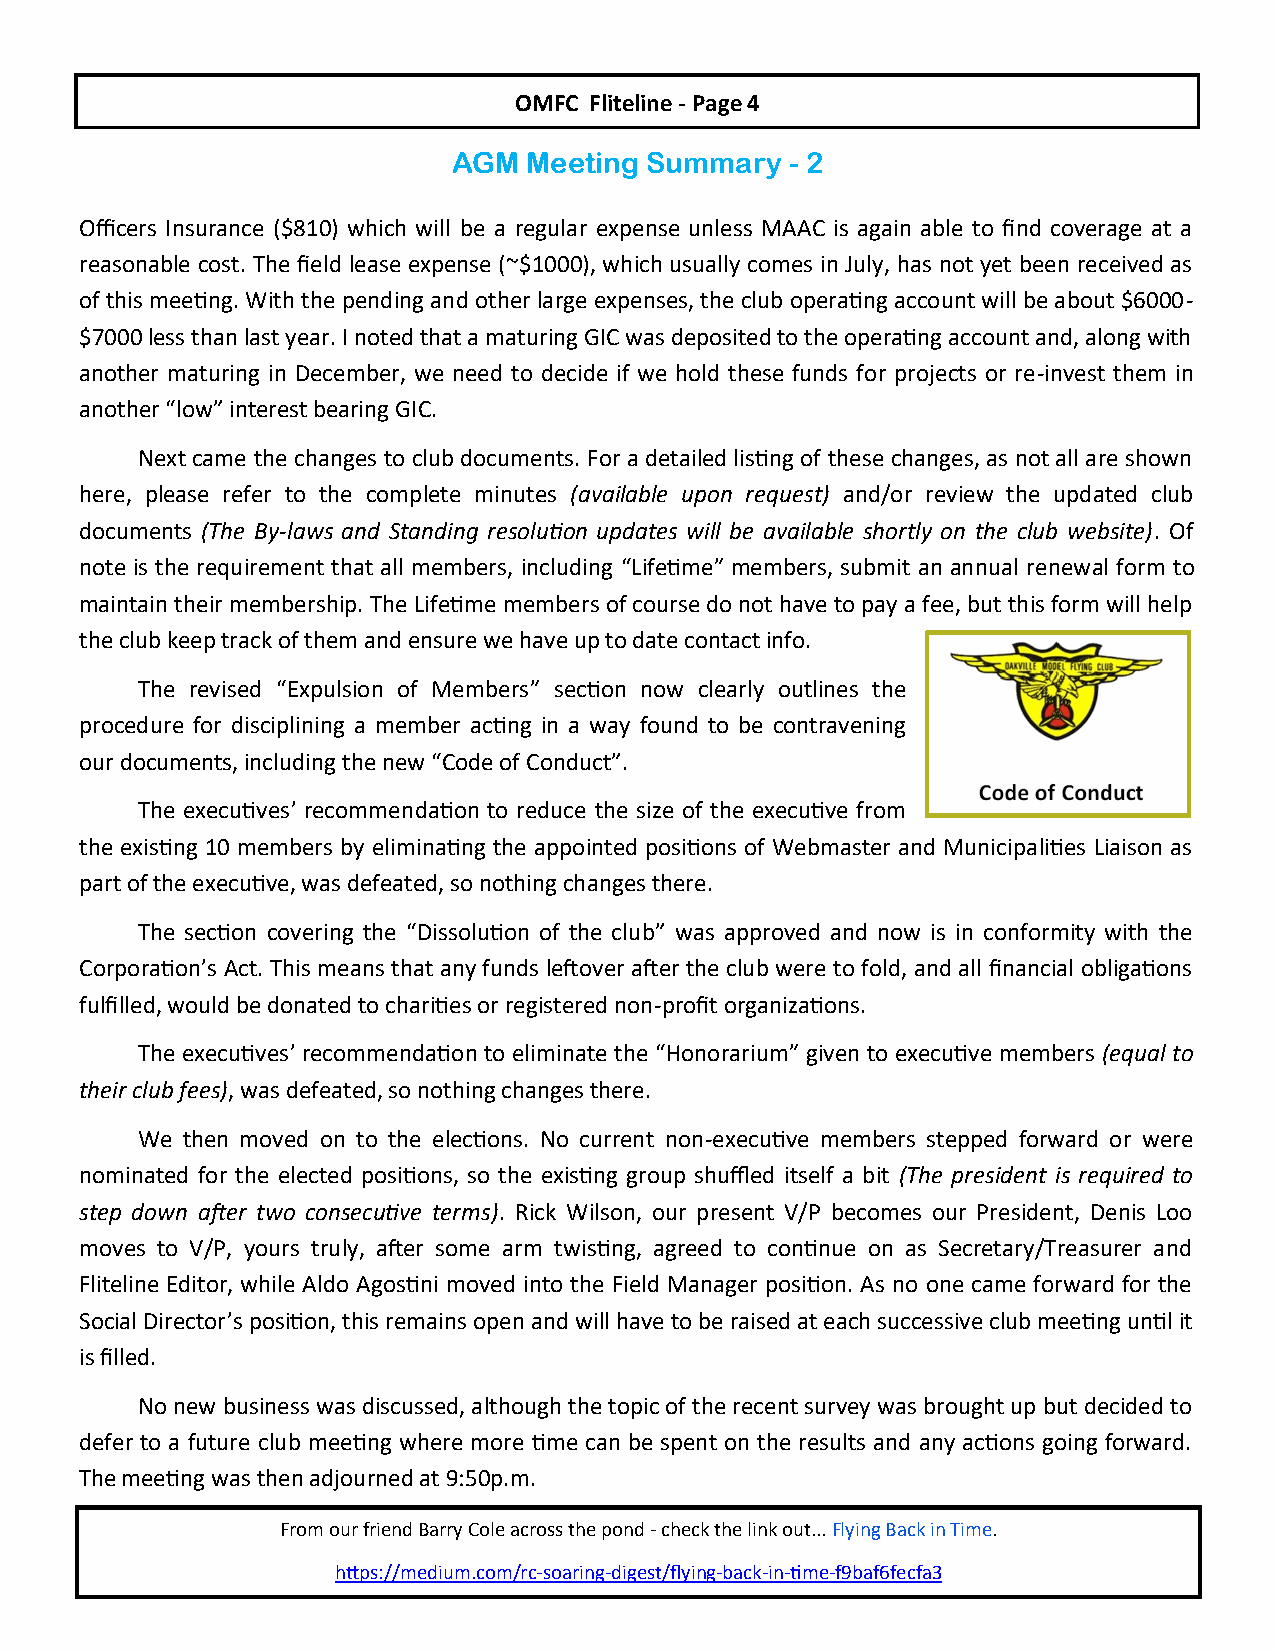
OMFC Fliteline - Page 4
 AGM  Meeting Summary  - 2
 Officers Insurance ($810) which will be a regular expense unless MAAC is again able to find coverage at a
 reasonable cost. The field lease expense (~$1000), which usually comes in July, has not yet been received as
 of this meeting. With the pending and other large expenses, the club operating account will be about $6000-
 $7000 less than last year. I noted that a maturing GIC was deposited to the operating account and, along with
 another maturing in December, we need to decide if we hold these funds for projects or re-invest them in
 another “low” interest bearing GIC.
 Next came the changes to club documents. For a detailed listing of these changes, as not all are shown
 here, please refer to the complete minutes (available upon request) and/or review the updated club
 documents (The By-laws and Standing resolution updates will be available shortly on the club website). Of
 note is the requirement that all members, including “Lifetime” members, submit an annual renewal form to
 maintain their membership. The Lifetime members of course do not have to pay a fee, but this form will help
 the club keep track of them and ensure we have up to date contact info.
 The revised “Expulsion of Members” section now clearly outlines the
 procedure for disciplining a member acting in a way found to be contravening
 our documents, including the new “Code of Conduct”.
 The executives’ recommendation to reduce the size of the executive from
 the existing 10 members by eliminating the appointed positions of Webmaster and Municipalities Liaison as
 part of the executive, was defeated, so nothing changes there.
 The section covering the “Dissolution of the club” was approved and now is in conformity with the
 Corporation’s Act. This means that any funds leftover after the club were to fold, and all financial obligations
 fulfilled, would be donated to charities or registered non-profit organizations.
 The executives’ recommendation to eliminate the “Honorarium” given to executive members (equal to
 their club fees), was defeated, so nothing changes there.
 We then moved on to the elections. No current non-executive members stepped forward or were
 nominated for the elected positions, so the existing group shuffled itself a bit (The president is required to
 step down after two consecutive terms). Rick Wilson, our present V/P becomes our President, Denis Loo
 moves to V/P, yours truly, after some arm twisting, agreed to continue on as Secretary/Treasurer and
 Fliteline Editor, while Aldo Agostini moved into the Field Manager position. As no one came forward for the
 Social Director’s position, this remains open and will have to be raised at each successive club meeting until it
 is filled.
 No new business was discussed, although the topic of the recent survey was brought up but decided to
 defer to a future club meeting where more time can be spent on the results and any actions going forward.
 The meeting was then adjourned at 9:50p.m.
 From our friend Barry Cole across the pond - check the link out... Flying Back in Time.
 https://medium.com/rc-soaring-digest/flying-back-in-time-f9baf6fecfa3